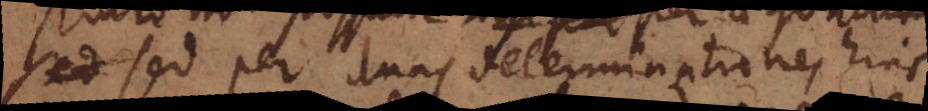
sed sed per duas determinationes hinc